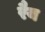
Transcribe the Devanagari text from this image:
रैय